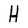
Character: H